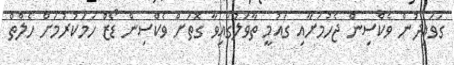
ގަވައިދުން ވެކްސިން ޖެހުމަށާއި ގައުމީ ތާވަލުގައިވާ ގޮތަށް ވެކްސިން ޑޯޒް ހަމަކުރުމަށް ހެލްތް